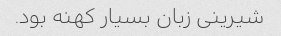
شیرینی زبان بسیار کهنه بود.